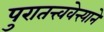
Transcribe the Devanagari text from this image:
पुरातत्त्ववेत्त्याने